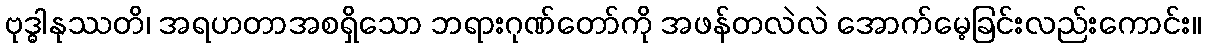
ဗုဒ္ဓါနုဿတိ၊ အရဟတာအစရှိသော ဘရားဂုဏ်တော်ကို အဖန်တလဲလဲ အောက်မေ့ခြင်းလည်းကောင်း။